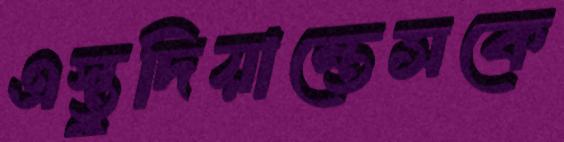
এস্তুদিয়ান্তেসকে